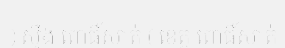
) ស្ទឹង ពោធិ៍សាត់ ( ខេត្ត ពោធិ៍សាត់